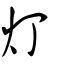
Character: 灯